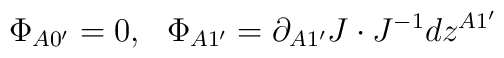
\Phi_{A0^{\prime}}=0,\ \ \Phi_{A1^{\prime}}=\partial_{A1^{\prime}}J\cdot J^{-1}dz^{A1^{\prime}}